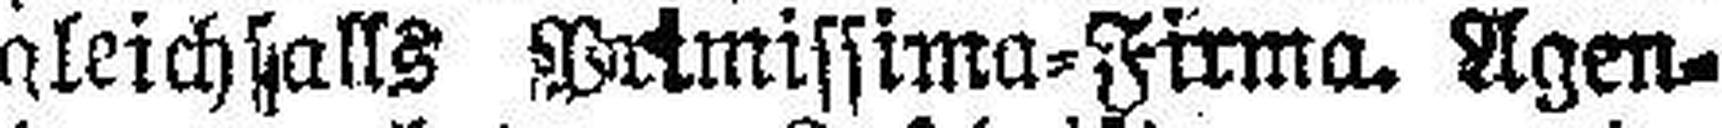
gleichfalls Primissima=Firma. Agen¬